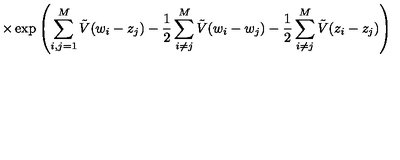
\times \exp \left( \sum _ { i , j = 1 } ^ { M } \tilde { V } ( w _ { i } - z _ { j } ) - \frac { 1 } { 2 } \sum _ { i \neq j } ^ { M } \tilde { V } ( w _ { i } - w _ { j } ) - \frac { 1 } { 2 } \sum _ { i \neq j } ^ { M } \tilde { V } ( z _ { i } - z _ { j } ) \right)